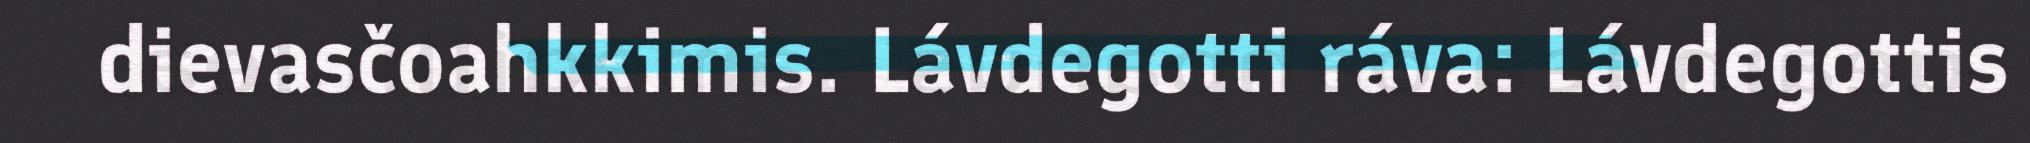
dievasčoahkkimis. Lávdegotti ráva: Lávdegottis